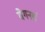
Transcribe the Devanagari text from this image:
वेगनर्स